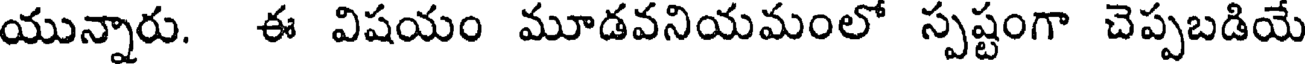
యున్నారు. ఈ విషయం మూడవనియమంలో స్పష్టంగా చెప్పబడియే